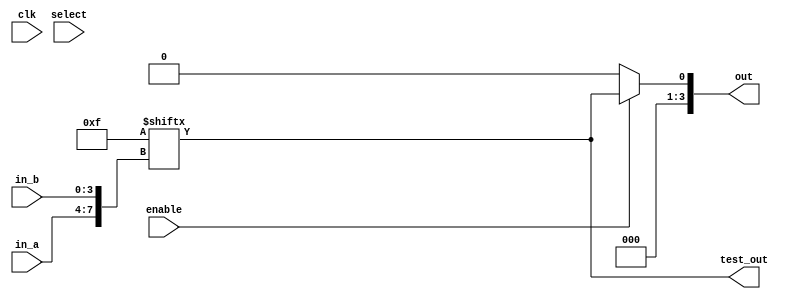
module combinational_logic_block (
    input wire [3:0] in_a,        // Input lines (4 bits)
    input wire [3:0] in_b,        // Another set of input lines (4 bits)
    input wire select,             // Select signal for multiplexer
    input wire enable,             // Enable signal for the block
    input wire clk,                // Clock signal for potential clock gating
    output wire [3:0] out,        // Output lines (4 bits)
    output wire test_out           // Test output for debugging
);

// Internal signals
wire [3:0] lut_out;              // Output from LUT
wire [3:0] mux_out;              // Output from MUX

// Look-Up Table (LUT) implementation
// Example: Simple LUT for a 4-input function (truth table can be configured)
reg [15:0] lut_memory;           // 16 possible combinations for 4 inputs

always @(*) begin
    // Example: Fill LUT with a simple function (e.g., AND operation)
    lut_memory = 16'b0000000000001111; // Only for inputs 3'b1111, output is 1
    lut_out = lut_memory[{in_a, in_b}]; // Combine inputs to address LUT
end

// Multiplexer to select between two inputs
assign mux_out = select ? in_b : in_a;

// Enable logic to control output based on enable signal
assign out = enable ? lut_out : 4'b0000; // Output from LUT when enabled

// Test output for debugging
assign test_out = lut_out; // Direct connection for testability

endmodule